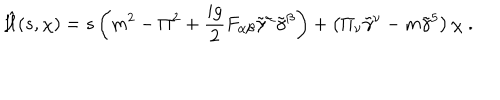
\hat { { \cal H } } ( s , \chi ) = s \left( m ^ { 2 } - \Pi ^ { 2 } + \frac { i g } { 2 } F _ { \alpha \beta } \tilde { \gamma } ^ { \alpha } \tilde { \gamma } ^ { \beta } \right) + \left( \Pi _ { \nu } \tilde { \gamma } ^ { \nu } - m \tilde { \gamma } ^ { 5 } \right) \chi \; .